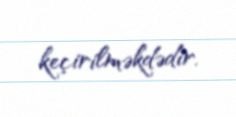
keçirilməkdədir.